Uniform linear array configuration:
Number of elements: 12
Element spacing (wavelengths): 0.25
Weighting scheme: binomial
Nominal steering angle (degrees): -15
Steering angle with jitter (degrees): -16.526
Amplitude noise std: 0.05
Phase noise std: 0.05

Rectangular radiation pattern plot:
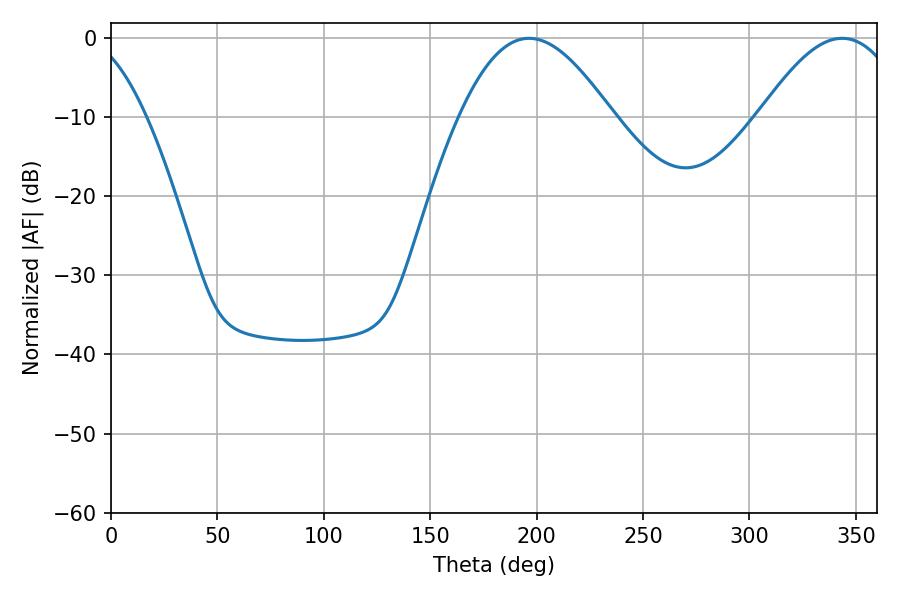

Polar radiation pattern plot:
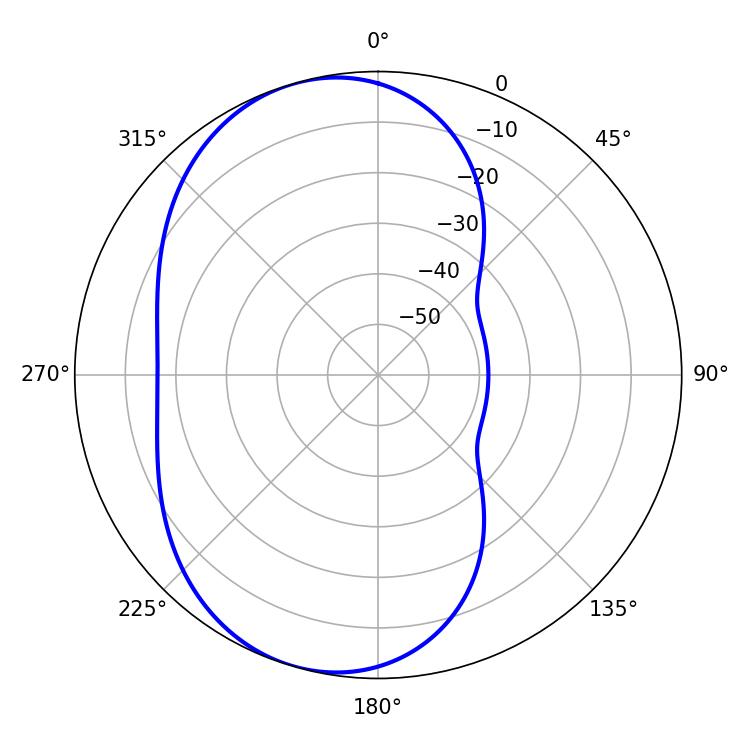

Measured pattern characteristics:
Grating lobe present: FALSE
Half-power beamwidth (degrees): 38.88
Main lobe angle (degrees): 196.38